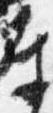
奉